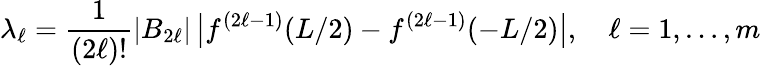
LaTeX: \lambda_{\ell}=\frac{1}{(2\ell)!}|B_{2\ell}|\, \big|f^{(2\ell-1)}(L/2)-f^{(2\ell-1)}(-L/2)\big|,\quad\ell=1,\dots,m